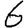
Digit: 6